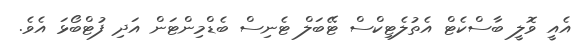
އެއީ ވޮލީ ބާސްކެޓް އެތުލެޓިކްސް ޓޭބަލް ޓެނިސް ބެޑްމިންޓަން އަދި ފުޓްބޯޅަ އެވެ.